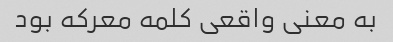
به معنی واقعی کلمه معرکه بود